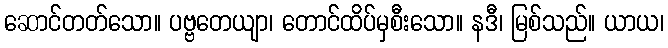
ဆောင်တတ်သော။ ပဗ္ဗတေယျာ၊ တောင်ထိပ်မှစီးသော။ နဒီ၊ မြစ်သည်။ ယာယ၊